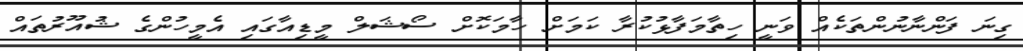
ގިނަ ފަންނާނުންތަކެއް ވަނީ ހިތާމަފާޅުކުރާ ކަމަށް ހާމަކޮށް ސޯޝަލް މީޑިއާގައި އެމީހުންގެ ޝުއޫރުތައް